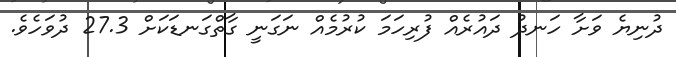
ދުނިޔެ ވަށާ ހަނދު ދައުރެއް ފުރިހަމަ ކުރުމެއް ނަގަނީ ގާތްގަނޑަކަށް 27.3 ދުވަހެވެ.